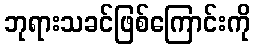
ဘုရားသခင်ဖြစ်ကြောင်းကို